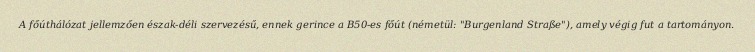
A főúthálózat jellemzően észak-déli szervezésű, ennek gerince a B50-es főút (németül: "Burgenland Straße"), amely végig fut a tartományon.